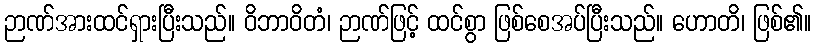
ဉာဏ်အားထင်ရှားပြီးသည်။ ဝိဘာဝိတံ၊ ဉာဏ်ဖြင့် ထင်စွာ ဖြစ်စေအပ်ပြီးသည်။ ဟောတိ၊ ဖြစ်၏။